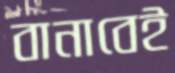
বানাবেই